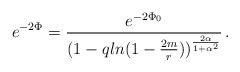
LaTeX: \begin{align*}e^{-2\Phi} = {e^{-2\Phi_{0}}\over (1 - q ln(1-{2m\over r}))^{2\alpha\over 1 + \alpha^{2}}}\, .\end{align*}